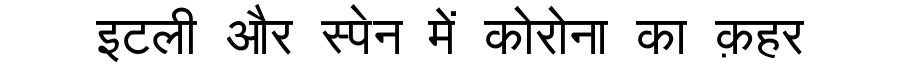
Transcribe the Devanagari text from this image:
इटली और स्पेन में कोरोना का क़हर